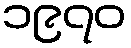
၁၉၇၀